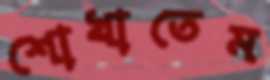
শোখাতেম